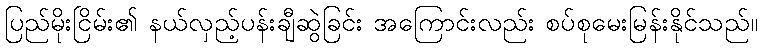
ပြည်မိုးငြိမ်း၏ နယ်လှည့်ပန်းချီဆွဲခြင်း အကြောင်းလည်း စပ်စုမေးမြန်းနိုင်သည်။